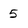
Character: 5